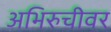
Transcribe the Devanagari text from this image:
अभिरुचीवर